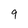
Character: 9